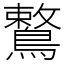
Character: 鷘